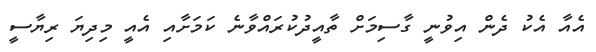
އެއާ އެކު ދެން އިވުނީ ގާސިމަށް ތާއީދުކުރައްވާނެ ކަމަށާއި އެއީ މިދިޔަ ރިޔާސީ